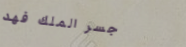
جسر الملك فهد